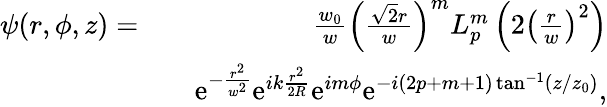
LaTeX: \begin{array}{rlr}{\psi(r,\phi,z)=}&{}&{\frac{w_{0}}{w}\left(\frac{\sqrt{2}r}{w}\right)^{m}L_{p}^{m}\left(2\left(\frac{r}{w}\right)^{2}\right)}\\ &{}&{\mathrm{e}^{-\frac{r^{2}}{w^{2}}}\mathrm{e}^{ik\frac{r^{2}}{2R}}\mathrm{e}^{im\phi}\mathrm{e}^{-i(2p+m+1)\tan^{-1}(z/z_{0})},}\end{array}